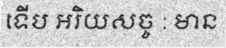
ទើប អរិយសច្ច : មាន